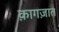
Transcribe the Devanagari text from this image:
क़ागज़ात